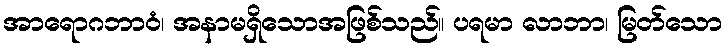
အာရောဂဘာဝံ၊ အနာမရှိသောအဖြစ်သည်။ ပရမာ လာဘာ၊ မြတ်သော